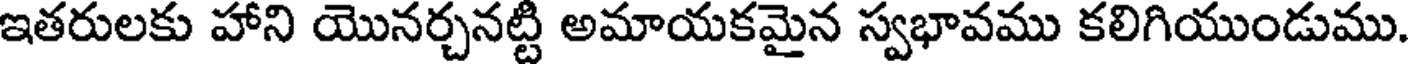
ఇతరులకు హాని యొనర్చనట్టి అమాయకమైన స్వభావము కలిగియుండుము.